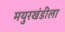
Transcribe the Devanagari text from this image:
मयुरखंडीला